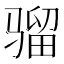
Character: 骝